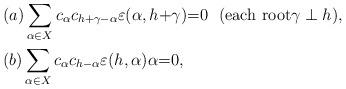
LaTeX: \begin{align*}&(a)\sum_{\alpha\in X} c_{\alpha}c_{h+\gamma-\alpha}\varepsilon(\alpha, h{+}\gamma){=}0\ \ (\mbox{each root$\gamma\perp h$}),\\&(b)\sum_{\alpha\in X} c_{\alpha}c_{h-\alpha}\varepsilon(h, \alpha)\alpha{=}0,\end{align*}